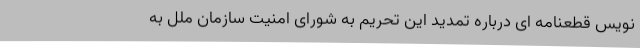
نویس قطعنامه ای درباره تمدید این تحریم به شورای امنیت سازمان ملل به